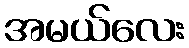
အမယ်လေး